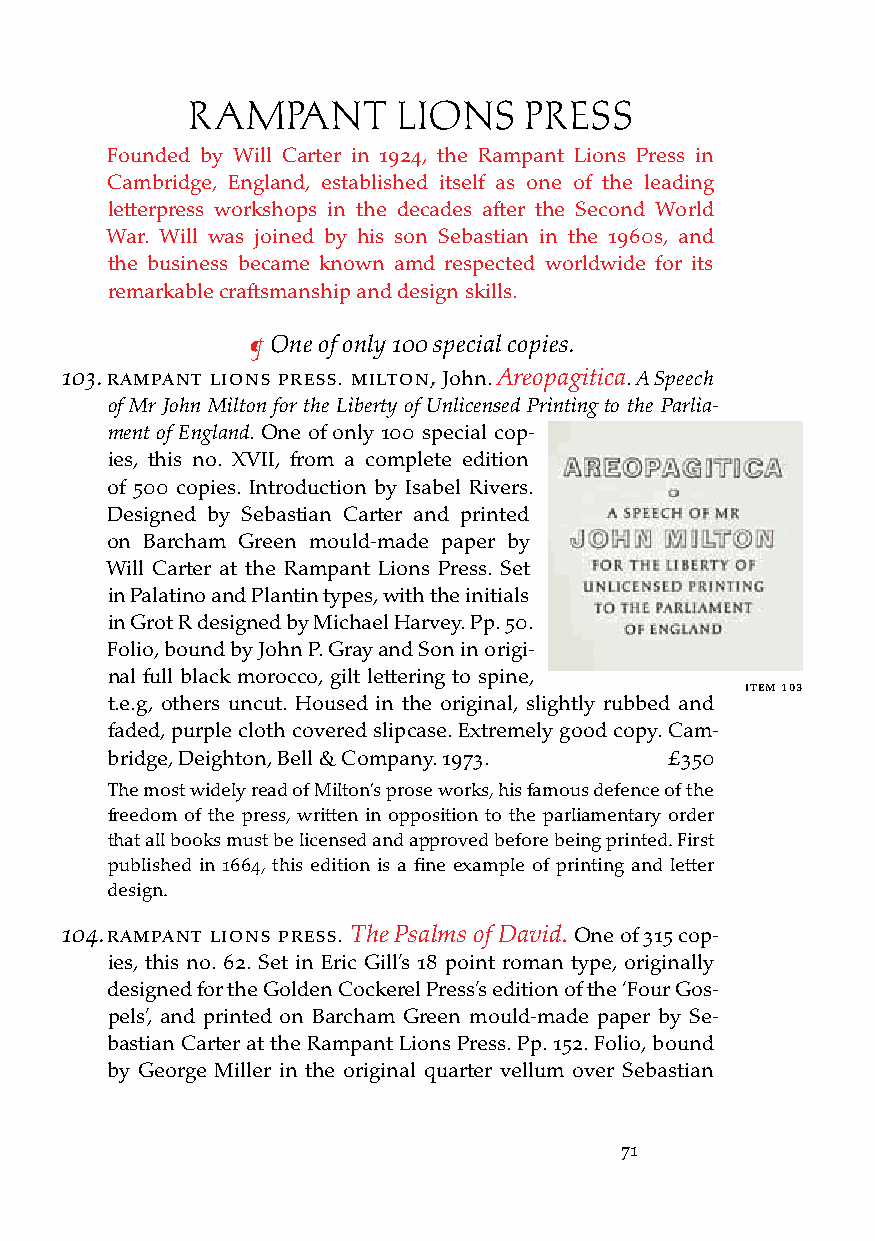
RAMPANT       LIONS    PRESS
 Founded by Will Carter in 1924, the Rampant Lions Press in
 Cambridge, England, established itself as one of the leading
 letterpress workshops in the decades after the Second World
 War. Will was joined by his son Sebastian in the 1960s, and
 the business became known amd respected worldwide for its
 remarkable craftsmanship and design skills.
 ¶ One of only 100 special copies.
 103. raMPant lions Press. Milton, John. Areopagitica. A Speech
 of Mr John Milton for the Liberty of Unlicensed Printing to the Parlia-
 ment of England. One of only 100 special cop-
 ies, this no. XVII, from a complete edition
 of 500 copies. Introduction by Isabel Rivers.
 Designed by Sebastian Carter and printed
 on Barcham Green mould-made paper by
 Will Carter at the Rampant Lions Press. Set
 in Palatino and Plantin types, with the initials
 in Grot R designed by Michael Harvey. Pp. 50.
 Folio, bound by John P. Gray and Son in origi-
 nal full black morocco, gilt lettering to spine,
 iteM 103
 t.e.g, others uncut. Housed in the original, slightly rubbed and
 faded, purple cloth covered slipcase. Extremely good copy. Cam-
 bridge, Deighton, Bell & Company. 1973. £350
 The most widely read of Milton’s prose works, his famous defence of the
 freedom of the press, written in opposition to the parliamentary order
 that all books must be licensed and approved before being printed. First
 published in 1664, this edition is a fine example of printing and letter
 design.
 104. raMPant lions Press. The Psalms of David. One of 315 cop-
 ies, this no. 62. Set in Eric Gill’s 18 point roman type, originally
 designed for the Golden Cockerel Press’s edition of the ‘Four Gos-
 pels’, and printed on Barcham Green mould-made paper by Se-
 bastian Carter at the Rampant Lions Press. Pp. 152. Folio, bound
 by George Miller in the original quarter vellum over Sebastian
 71